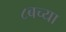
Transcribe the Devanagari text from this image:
८बच्या